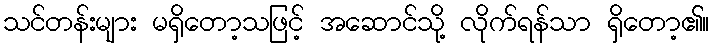
သင်တန်းများ မရှိတော့သဖြင့် အဆောင်သို့ လိုက်ရန်သာ ရှိတော့၏။